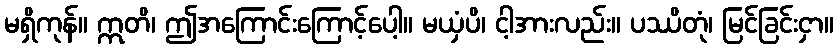
မရှိကုန်။ ဣတိ၊ ဤအကြောင်းကြောင့်ပေါ့။ မယှံပိ၊ ငါ့အားလည်း။ ပဿိတုံ၊ မြင်ခြင်းငှာ။